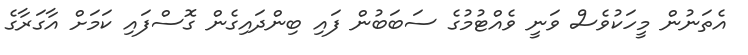
އެތަނުން މީހަކުވެސް ވަނީ ވެއްޓުމުގެ ސަބަބުން ފައި ބިންދައިގެން ގޮސްފައި ކަމަށް އާގަރާގެ